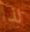
لذا